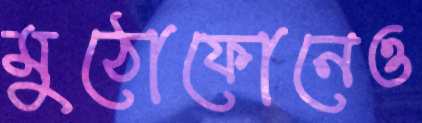
মুঠোফোনেও